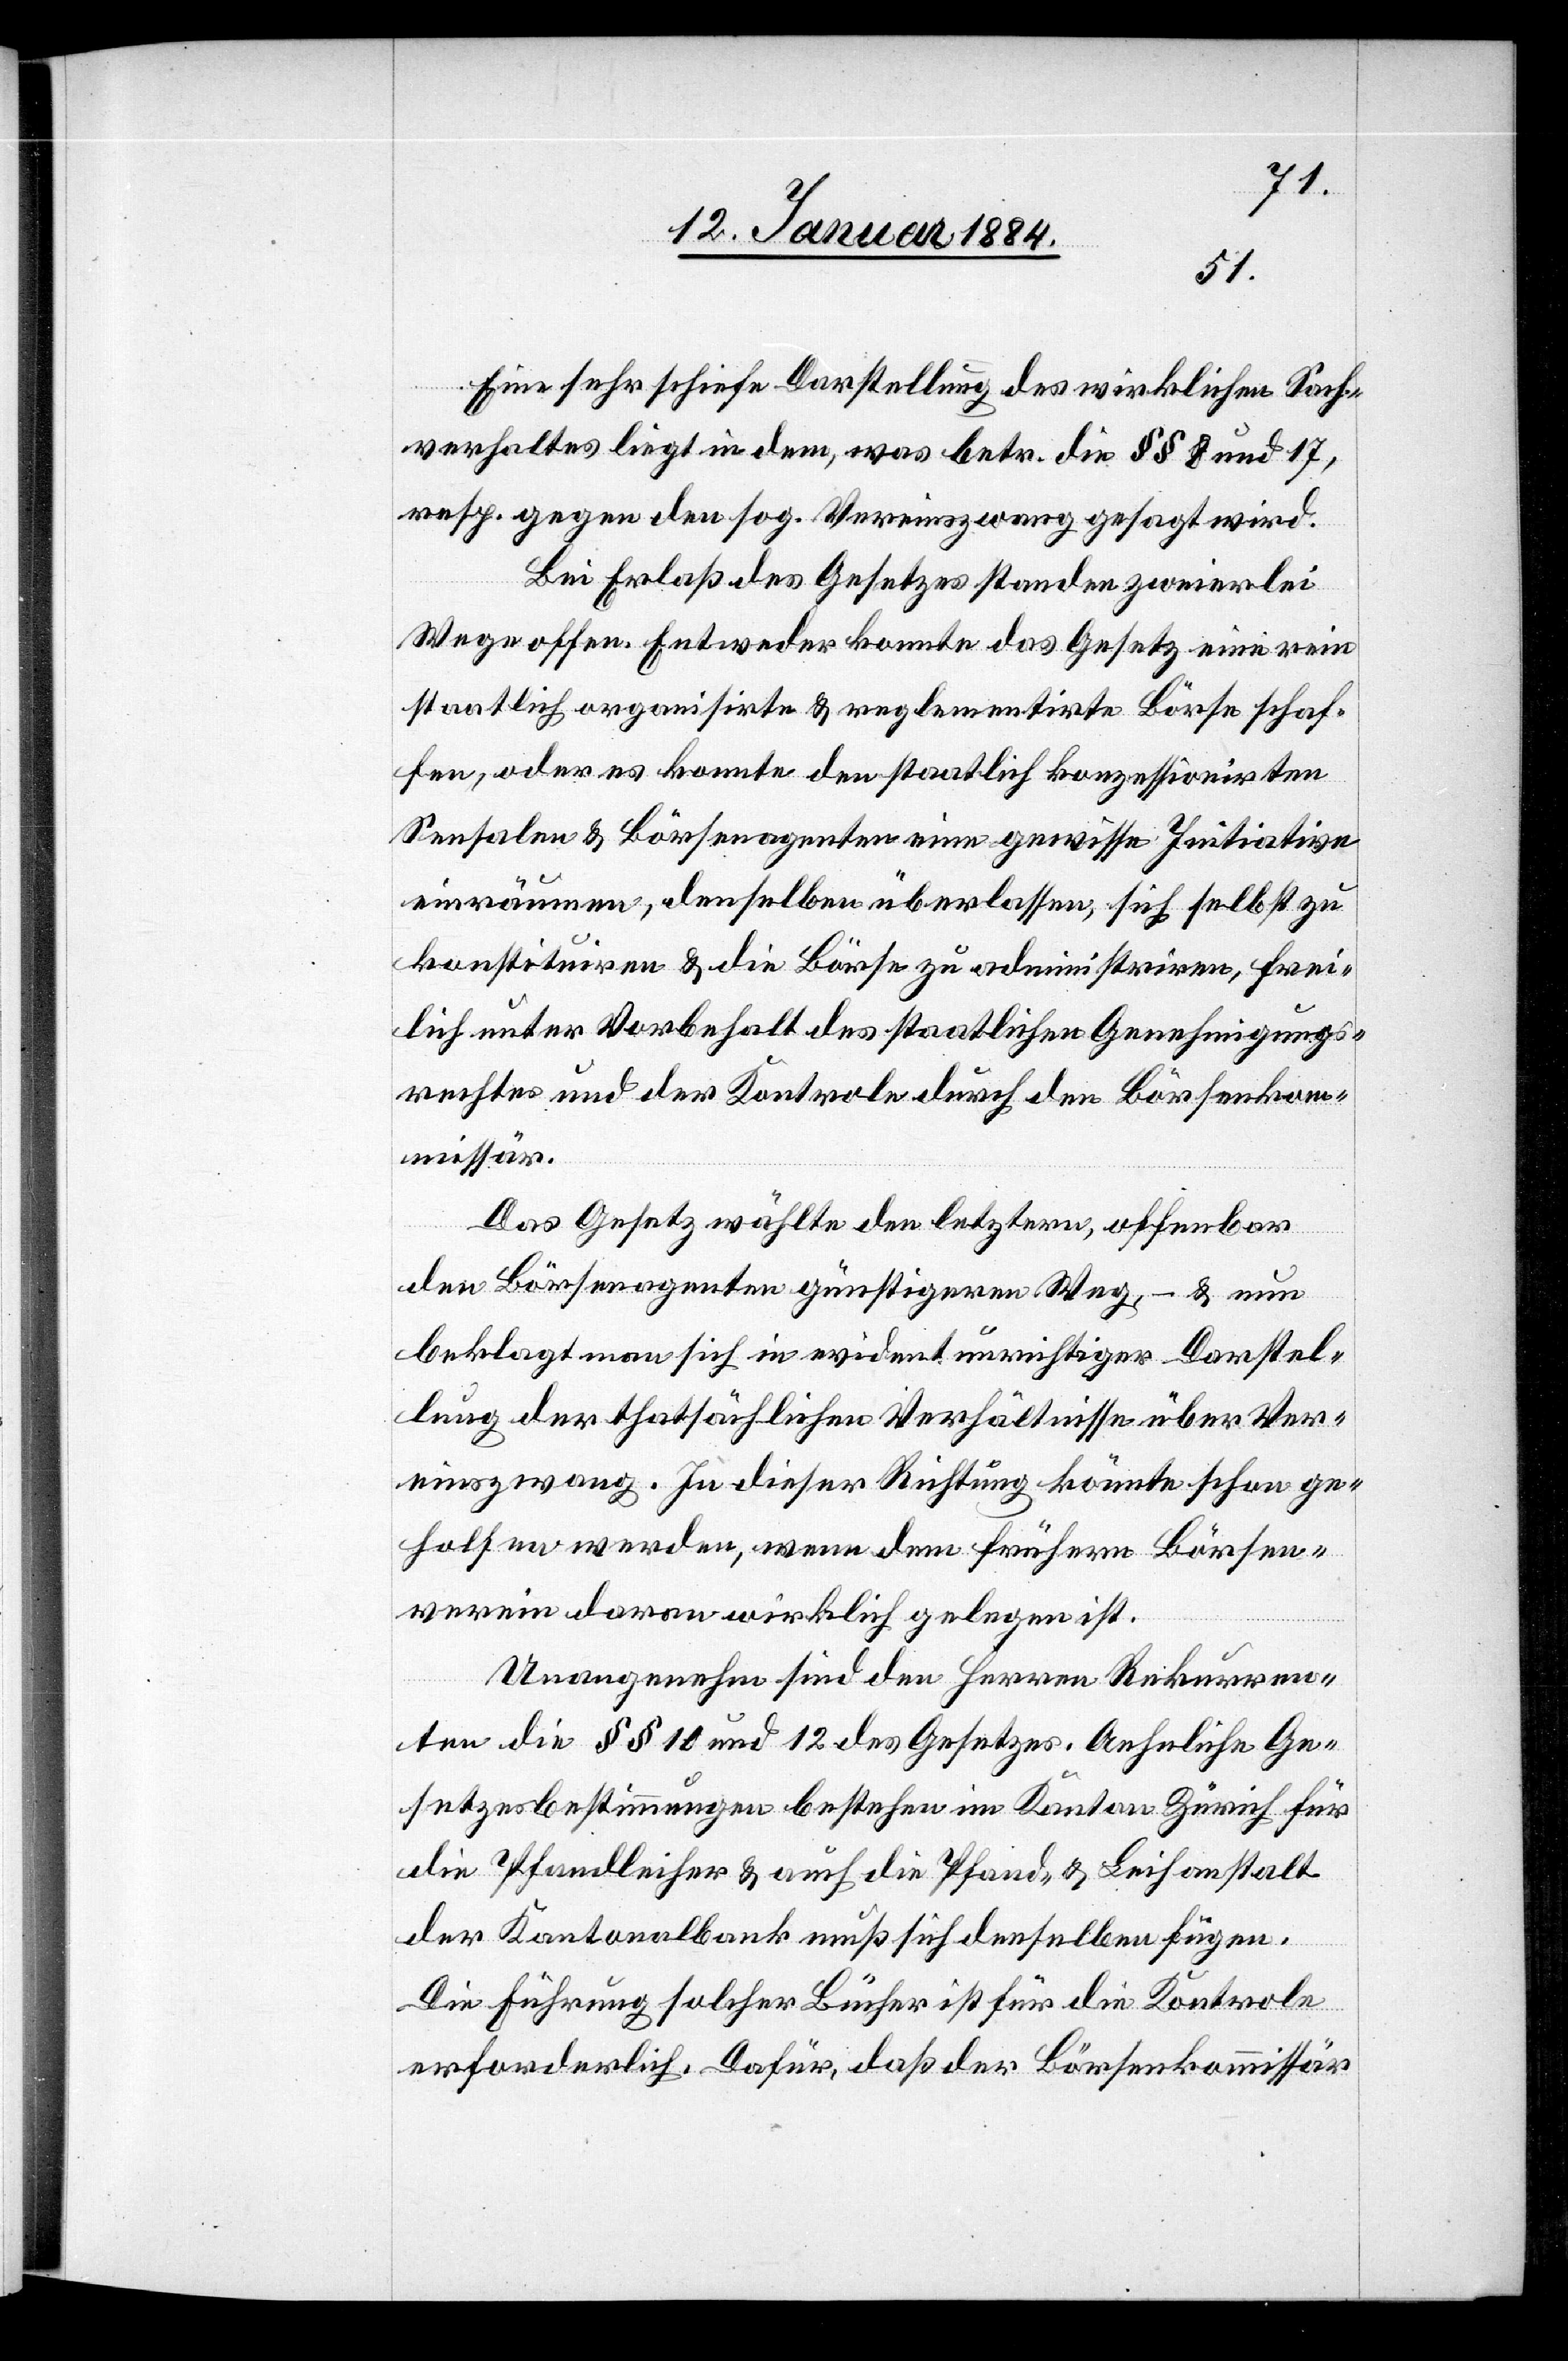
Eine sehr schiefe Darstellung des wirklichen Sach¬
verhaltes liegt in dem, was betr. die §§ 8 und 17,
resp. gegen den sog. Vereinszwang gesagt wird.
Bei Erlaß des Gesetzes standen zweierlei
Wege offen. Entweder konnte das Gesetz eine rein
staatlich organisierte & reglementierte Börse schaf¬
fen, oder es konnte den staatlich konzessionirten
Sensalen & Börsenagenten eine gewisse Initiative
einräumen, denselben überlassen, sich selbst zu
konstituieren & die Börse zu administrieren, frei¬
lich unter Vorbehalt des staatlichen Genehmigungs¬
rechtes und der Kontrole durch den Börsenkom¬
missär.
Das Gesetz wählte den letztern, offenbar
den Börsenagenten günstigeren Weg, – & nun
beklagt man sich in evident unrichtiger Darstel¬
lung der thatsächlichen Verhältnisse über Ver¬
einszwang. In dieser Richtung könnte schon ge¬
holfen werden, wenn dem frühern Börsen¬
verein daran wirklich gelegen ist.
Unangenehm sind den Herrn Rekurren¬
ten die §§ 10 und 12 des Gesetzes. Aehnliche Ge¬
setzesbestimmungen bestehen im Kanton Zürich für
die Pfandleiher & auch die Pfand- & Leihanstalt
der Kantonalbank muß sich denselben fügen.
Die Führung solcher Bücher ist für die Kontrole
erforderlich. Dafür, daß der Börsenkommissär